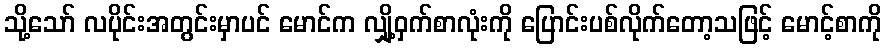
သို့သော် လပိုင်းအတွင်းမှာပင် မောင်က လျှို့ဝှက်စာလုံးကို ပြောင်းပစ်လိုက်တော့သဖြင့် မောင့်စာကို